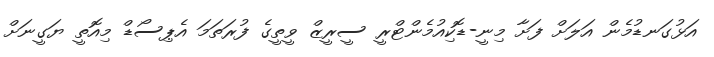
އަޅުގަނޑުމެން އަލަށް ފަށާ މިނީ-ޑޮކިއުމެންޓްރީ ސީރީޒް ވީތީގެ ފުރަތަމަ އެޕިސޯޑް މިއޮތީ ޔަގީނަށް